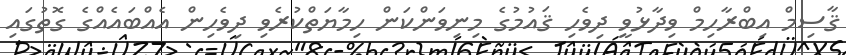
ޤާސިމް އިބްރާހިމް ވިދާޅުވީ ދިވެހި ޤައުމުގެ މިނިވަންކަން ހިމާޔަތްކުރެވި ދިވެހިން އެއްބައެއްގެ ގޮތުގައި